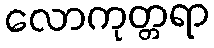
လောကုတ္တရာ